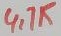
Text: 4,7K